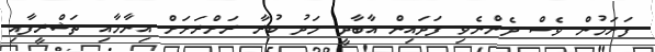
ފަށަމުން ވެސް ދެންނެވި ފަދައިން އާބާދީ މަދު ކުރާ ރަށްރަށަށް އިނާމާއި ތަޝްރީފާއި